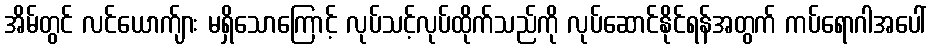
အိမ်တွင် လင်ယောက်ျား မရှိသောကြောင့် လုပ်သင့်လုပ်ထိုက်သည်ကို လုပ်ဆောင်နိုင်ရန်အတွက် ကပ်ရောဂါအပေါ်